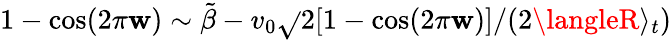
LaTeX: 1-\cos(2\pi\mathbf{w})\sim\tilde{{\beta}}-v_{0}\sqrt{}{{2[1-\cos(2\pi\mathbf{w})]}}/(2\langleR\rangle_{t})